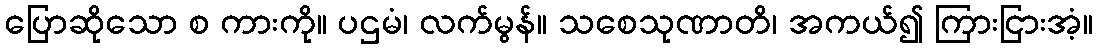
ပြောဆိုသော စ ကားကို။ ပဌမံ၊ လက်မွန်။ သစေသုဏာတိ၊ အကယ်၍ ကြားငြားအံ့။